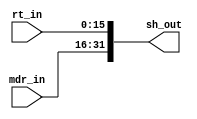
module SH(
    input wire [15:0] rt_in,
    input wire [15:0] mdr_in,
    output reg [31:0] sh_out
);

    assign sh_out = {mdr_in, rt_in};

endmodule